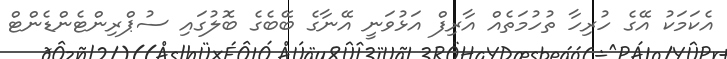
އެކަމަކު އޭގެ ހުރިހާ ތުހުމަތެއް އާރިފް އަޅުވަނީ އޭނާގެ ބޭބެގެ ބޮލުގައި ސުޕްރިންޓެންޑެންޓް